Annual returns of the Patna Lunatic Asylum at Bankipore in Bihar and Orissa - 1912-1924
Year: 1912
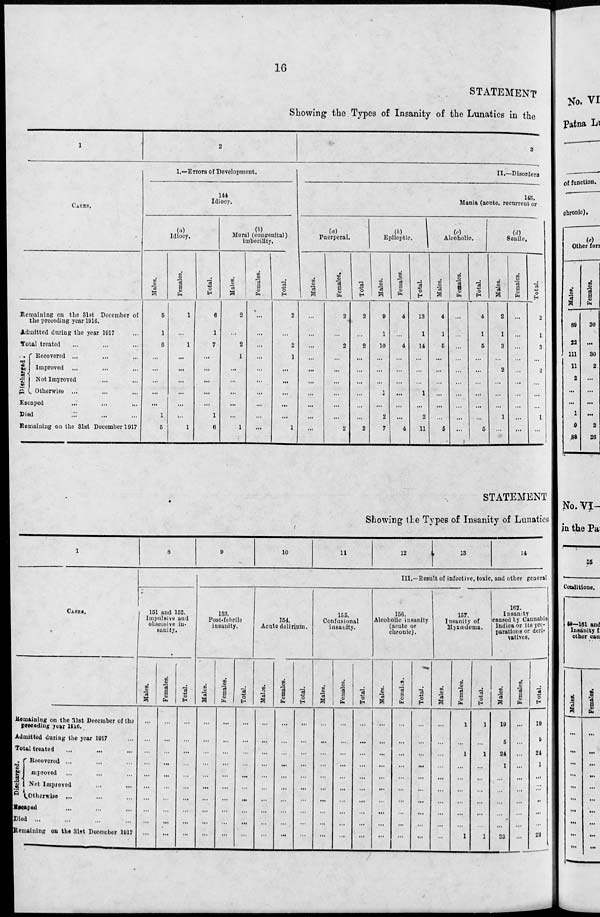
16
STATEMENT
Showing the Types of Insanity of the Lunatics in the
1
CASES.
Remaining on the 31st December of
the preceding year 1916.
Admitted during the year 1917 ...
Total treated ... ... ...
Discharged.
Recovered ... ... ...
Improved ... ... ...
Not Improved ... ... ...
Otherwise ... ... ...
Escaped
... ... ...
Died ... ... ...
Remaining on the 31st December 1917
2
1.—Errors of Development.
144
Idiocy.
(a)
Idiocy.
Males.
5
1
6
...
...
...
...
...
1
5
Females.
1
...
1
...
...
...
...
...
...
1
Total.
6
1
7
...
...
...
...
...
1
6
(b)
Moral (congenital)
imbecility,
Males.
2
...
2
1
...
...
...
...
...
1
Females.
...
...
...
...
...
...
...
...
...
...
Total.
2
...
2
1
...
...
...
...
...
1
3
II.—Disorders
145.
Mania (acute, recurrent or
(a)
Puerperal.
Males.
...
...
...
...
...
...
...
...
...
...
Females.
2
...
2
...
...
...
...
...
...
2
Total
2
...
2
...
...
...
...
...
...
2
(b)
Epileptic.
Males.
9
1
10
...
...
...
1
...
2
7
Females.
4
...
4
...
...
...
...
...
...
4
Total.
13
1
14
...
...
...
1
...
2
11
(c)
Alcoholic.
Males.
4
1
5
...
...
...
...
...
...
5
Females.
...
...
...
...
...
...
...
...
...
...
Total.
4
1
5
...
...
...
...
...
...
5
(d)
Senile.
Males.
2
1
3
...
2
...
...
...
1
...
Females.
...
...
...
...
...
...
...
...
...
...
Total.
2
1
3
...
2
...
...
...
1
...
STATEMENT
Showing the Types of Insanity of Lunatics
1
CASES.
Remaining on the 31st December of the
preceding year 1916.
Admitted during the year 1917 ...
Total treated ... ... ...
Discharged.
Recovered ... ... ...
Improved ... ... ...
Not Improved ... ...
Otherwise ... ... ...
Escaped ... ... ...
Died ... ... ... ...
Remaining on the 31st December 1917
8
151 and 152.
Impulsive and
obsessive in-
sanity.
Males.
...
...
...
...
...
...
...
...
...
...
Females.
...
...
...
...
...
...
...
...
...
...
Total.
...
...
...
...
...
...
...
...
...
...
9
10
11
12
13
14
III.—Result of infective, toxic, and other general
153.
Post-febrile
insanity.
Males.
...
...
...
...
...
...
...
...
...
...
Females.
...
...
...
...
...
...
...
...
...
...
Total.
...
...
...
...
...
...
...
...
...
...
154.
Acute delirium.
Males.
...
...
...
...
...
...
...
...
...
...
Females.
...
...
...
...
...
...
...
...
...
...
Total.
...
...
...
...
...
...
...
...
...
...
155.
Confusional
insanity.
Males.
...
...
...
...
...
...
...
...
...
...
Females.
...
...
...
...
...
...
...
...
...
...
Total.
...
...
...
...
...
...
...
...
...
...
156.
Alcoholic insanity
(acute or
chronic).
Males.
...
...
...
...
...
...
...
...
...
...
Females.
...
...
...
...
...
...
...
...
...
...
Total.
...
...
...
...
...
...
...
...
...
...
157.
Insanity of
Myxœdema.
Males.
...
...
...
...
...
...
...
...
...
...
Females.
1
...
1
...
...
...
...
...
...
1
Total.
1
...
1
...
...
...
...
...
...
1
162.
Insanity
caused by Cannabis
Indica or its pre-
parations or deri-
vatives.
Males.
19
5
24
1
...
...
...
...
...
23
Females.
...
...
...
...
...
...
...
...
...
...
Total.
19
5
24
1
...
...
...
...
...
23